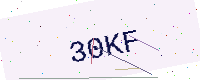
Text: 30KF